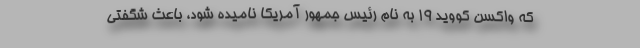
که واکسن کووید ۱۹ به نام رئیس جمهور آمریکا نامیده شود، باعث شگفتی